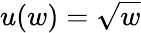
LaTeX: u(w)=\sqrt{w}